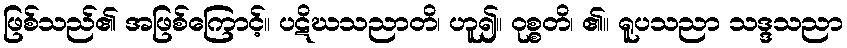
ဖြစ်သည်၏ အဖြစ်ကြောင့်။ ပဋိဃသညာတိ၊ ဟူ၍။ ဝုစ္စတိ၊ ၏။ ရူပသညာ သဒ္ဒသညာ